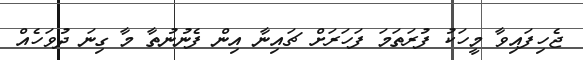
ޖެހިފައިވާ މީހަކު ފުރަތަމަ ފަހަރަށް ޗައިނާ އިން ފެނުނުތާ މާ ގިނަ ދުވަހެއް